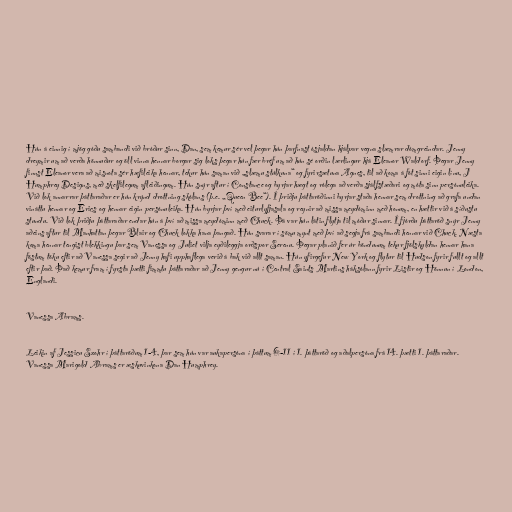
Hún á einnig í mjög góðu sambandi við bróður sinn, Dan, sem kemur sér vel þegar hún þarfnast ósjaldan hjálpar vegna slæmrar dómgreindar. Jenny
dreymir um að verða hönnuður og öll vinna hennar borgar sig loks þegar hún fær bréf um að hún sé orðin lærlingur hjá Eleanor Waldorf. Þegar Jenny
finnst Eleanor vera að misnota sér hæfileika hennar, tekur hún saman við „slæmu stúlkuna“ og fyrirsætuna Agnes, til að koma á fót sinni eigin línu, J
Humphrey Designs, með skelfilegum afleiðingum. Hún snýr aftur í Constance og byrjar hægt og rólega að verða sjálfstæðari og móta sinn persónuleika.
Við lok annarrar þáttaraðar er hún krýnd drottning skólans (þ.e. „Queen Bee“). Í þriðju þáttaröðinni byrjar staða hennar sem drottning að grafa undan
vináttu hennar og Erics og hennar eigin persónuleika. Hún byrjar því með eiturlyfjasala og reynir að missa meydóminn með honum, en hættir við á síðustu
stundu. Við lok þriðju þáttaraðar endar hún á því að missa meydóminn með Chuck. Þá var hún látin flytja til móður sinnar. Í fjórðu þáttaröð snýr Jenny
aðeins aftur til Manhattan þegar Blair og Chuck lokka hana þangað. Hún svarar í sömu mynt með því að segja frá sambandi hennar við Chuck. Næsta
koma hennar tengist blekkingu þar sem Vanessa og Juliet vilja eyðileggja orðspor Serenu. Þegar planið fer úr böndunum tekur fjölskyldan hennar hana
föstum töku eftir að Vanessa segir að Jenny hafi upphaflega verið á bak við allt saman. Hún yfirgefur New York og flytur til Hudson fyrir fullt og allt
eftir það. Það kemur fram í fyrsta þætti fimmtu þáttaraðar að Jenny gengur nú í Central Saints Martins háksólann fyrir Listir og Hönnun í London,
Englandi.

Vanessa Abrams.

Leikin af Jessicu Szohr í þáttaröðum 1-4, þar sem hún var aukapersóna í þáttum 6-11 í 1. þáttaröð og aðalpersóna frá 14. þætti 1. þáttaraðar.
Vanessa Marigold Abrams er æskuvinkona Dan Humphrey.